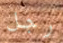
رجل